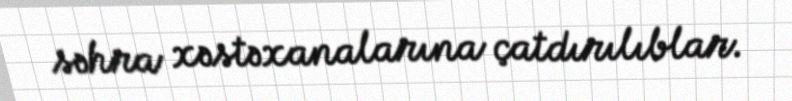
səhra xəstəxanalarına çatdırılıblar.